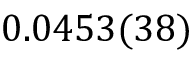
0 . 0 4 5 3 ( 3 8 )